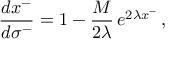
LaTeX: \frac { d x ^ { - } } { d \sigma ^ { - } } = 1 - \frac { M } { 2 \lambda } \, e ^ { 2 \lambda x ^ { - } } \, ,